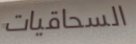
السحاقيات